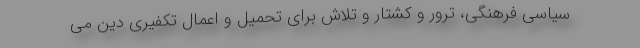
سیاسی فرهنگی، ترور و کشتار و تلاش برای تحمیل و اعمال تکفیری دین می